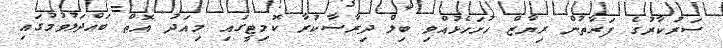
ސަރުކާރުގެ ފަރާތުން ރިޔާޒް ހުށަހެޅުއްވި ބިލް ދިރާސާކުރާ ކޮމިޓީގައި މިއަދު އޮތް ބައްދަލުވުމުގައި